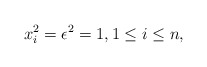
\begin{align*} x_i^2 = \epsilon^2 = 1, 1 \leq i \leq n,\end{align*}